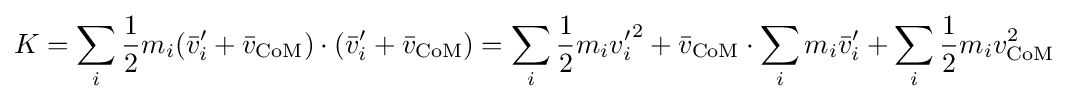
K=\sum _{i}{\frac {1}{2}}m_{i}({\bar {v}}'_{i}+{\bar {v}}_{\text{CoM}})\cdot ({\bar {v}}'_{i}+{\bar {v}}_{\text{CoM}})=\sum _{i}{\frac {1}{2}}m_{i}{v'_{i}}^{2}+{\bar {v}}_{\text{CoM}}\cdot \sum _{i}m_{i}{\bar {v}}'_{i}+\sum _{i}{\frac {1}{2}}m_{i}v_{\text{CoM}}^{2}